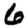
Digit: 6